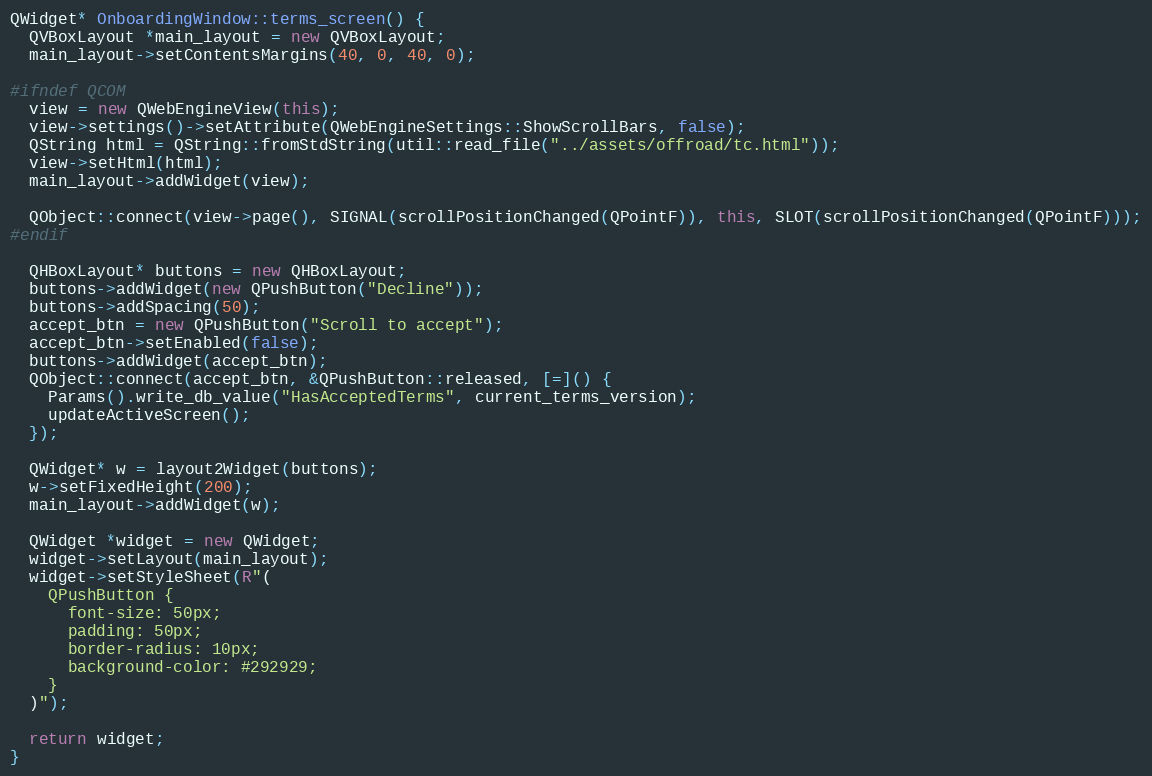
Language: C++
QWidget* OnboardingWindow::terms_screen() {
  QVBoxLayout *main_layout = new QVBoxLayout;
  main_layout->setContentsMargins(40, 0, 40, 0);

#ifndef QCOM
  view = new QWebEngineView(this);
  view->settings()->setAttribute(QWebEngineSettings::ShowScrollBars, false);
  QString html = QString::fromStdString(util::read_file("../assets/offroad/tc.html"));
  view->setHtml(html);
  main_layout->addWidget(view);

  QObject::connect(view->page(), SIGNAL(scrollPositionChanged(QPointF)), this, SLOT(scrollPositionChanged(QPointF)));
#endif

  QHBoxLayout* buttons = new QHBoxLayout;
  buttons->addWidget(new QPushButton("Decline"));
  buttons->addSpacing(50);
  accept_btn = new QPushButton("Scroll to accept");
  accept_btn->setEnabled(false);
  buttons->addWidget(accept_btn);
  QObject::connect(accept_btn, &QPushButton::released, [=]() {
    Params().write_db_value("HasAcceptedTerms", current_terms_version);
    updateActiveScreen();
  });

  QWidget* w = layout2Widget(buttons);
  w->setFixedHeight(200);
  main_layout->addWidget(w);

  QWidget *widget = new QWidget;
  widget->setLayout(main_layout);
  widget->setStyleSheet(R"(
    QPushButton {
      font-size: 50px;
      padding: 50px;
      border-radius: 10px;
      background-color: #292929;
    }
  )");

  return widget;
}